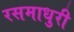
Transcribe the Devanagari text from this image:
रसमाधुरी